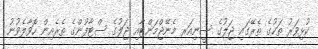
ކުޅިވަރު ތަކުގެ ތެރޭގައި ޖަލުގެ ސީނިއަރ މެނޭޖްމަންޓާއި ޖަލުގެ ސްޓާފުންގެ ތެރެއިން ހޮވާލެވުނު